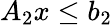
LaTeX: A_{2}x\leq b_{2}